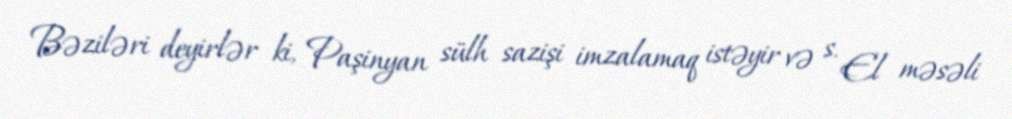
Bəziləri deyirlər ki, Paşinyan sülh sazişi imzalamaq istəyir və s. El məsəli